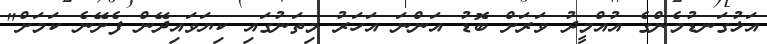
އަޅުގަނޑުމެންގެ އުއްމީދު ވަރަށް ބޮޑު އަންނަ އަހަރު މިތަނުގައި ކިޔަވައިދޭން ފެށޭނެ ކަމަށް"